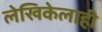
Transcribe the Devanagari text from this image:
लेखिकेलाही